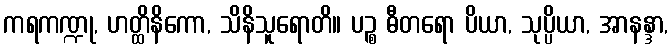
ကရကဏ္ဍု, ဟတ္ထိနိကော, သိနိသူရောတိ။ ပဉ္စ ဓီတရော ပိယာ, သုပ္ပိယာ, အာနန္ဒာ,